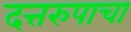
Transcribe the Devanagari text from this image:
दत्तरुपाचा